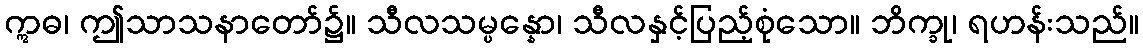
ဣဓ၊ ဤသာသနာတော်၌။ သီလသမ္ပန္နော၊ သီလနှင့်ပြည့်စုံသော။ ဘိက္ခု၊ ရဟန်းသည်။